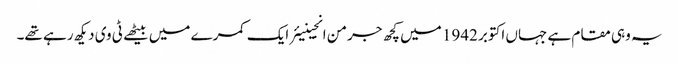
یہ وہی مقام ہے جہاں اکتوبر 1942 میں کچھ جرمن انجینیئر ایک کمرے میں بیٹھے ٹی وی دیکھ رہے تھے۔